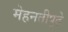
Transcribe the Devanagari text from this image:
मेहनतीपुढे